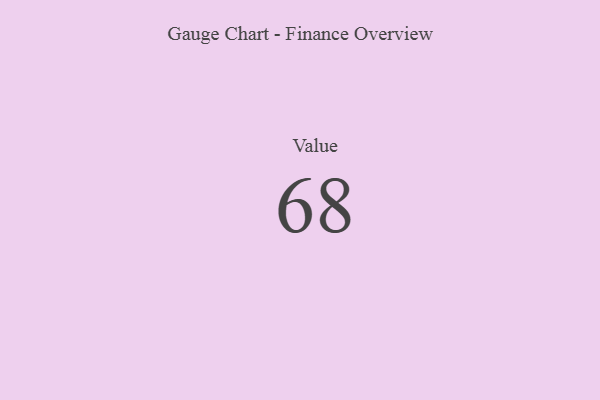
{"axis": {"x": "Metric", "y": "Value"}, "legend": [""], "data": [{"x": "Value", "y": 68, "type": ""}]}